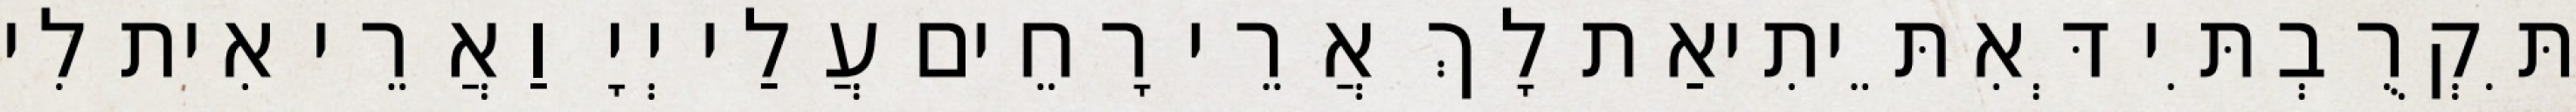
תִּקְרֻבְתִּי דְּאִתֵּיתִיאַת לָךְ אֲרֵי רָחֵים עֲלַי יְיָ וַאֲרֵי אִית לִי